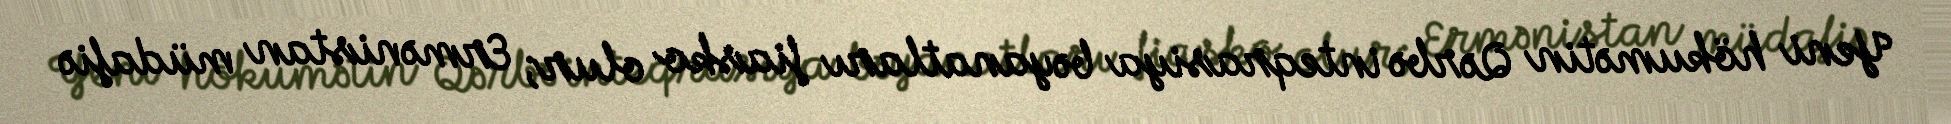
Yeni hökumətin Qərbə inteqrasiya bəyanatları fiasko olur; Ermənistan müdafiə